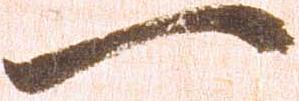
一